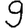
Digit: 9